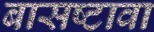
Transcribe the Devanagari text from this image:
बासष्टावा